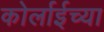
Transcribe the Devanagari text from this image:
कोर्लाईच्या